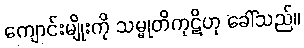
ကျောင်းမျိုးကို သမ္မုတိကုဋိဟု ခေါ်သည်။